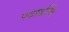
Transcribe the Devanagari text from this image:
पदार्थचि